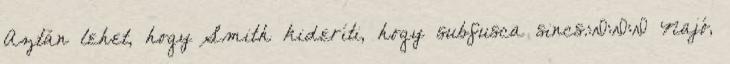
Aztán lehet, hogy Smith kideríti, hogy subfusca sincs.:D:D:D Najó,